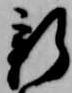
新